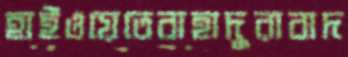
হাইওয়েতেবাহাদুরাবাদ